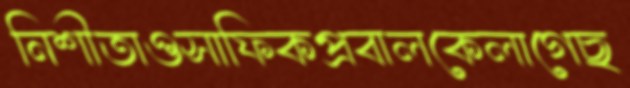
নিশীতাওসাফিকপ্রবালকেলাগেছ